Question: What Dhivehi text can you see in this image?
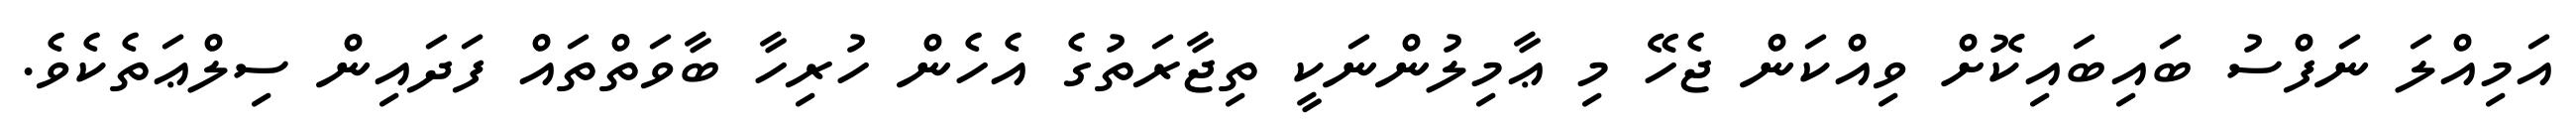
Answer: އަމިއްލަ ނަފްސު ބައިބައިކޮށް ވިއްކަން ޖެހޭ މި ޢާމިލުންނަކީ ތިޖާރަތުގެ އެހެން ހުރިހާ ބާވަތްތައް ފަދައިން ސިލްޢަތެކެވެ.